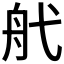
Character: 𦨒